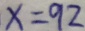
x = 9 2